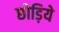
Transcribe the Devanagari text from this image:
छोड़िये